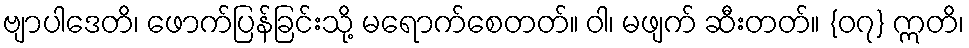
ဗျာပါဒေတိ၊ ဖောက်ပြန်ခြင်းသို့ မရောက်စေတတ်။ ဝါ၊ မဖျက် ဆီးတတ်။ {၀၇} ဣတိ၊